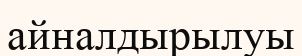
айналдырылуы